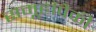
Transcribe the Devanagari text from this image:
समूहांपैकी